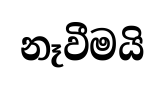
නෑවීමයි